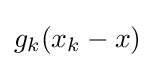
g_{k}(x_{k}-x)